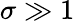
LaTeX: \sigma\gg 1